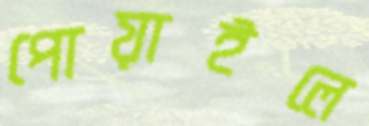
পোয়াইলে